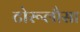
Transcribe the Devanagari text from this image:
टोरूलौसा